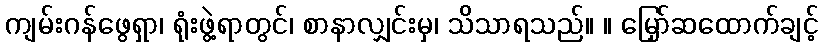
ကျမ်းဂန်ဖွေရှာ၊ ရုံးဖွဲ့ရာတွင်၊ စာနာလျှင်းမှ၊ သိသာရသည်။ ။ မြှော်ဆထောက်ချင့်